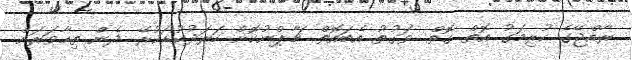
ރާއްޖޭގެ ކުރިމަގު އޮތް ގޮތް. ވަގުތު އެބައޮތް. ޗާޕްނުކޮށް ހަރަދުކުޑަކުރޭ. ދެން ތިހާވަރަށް